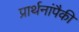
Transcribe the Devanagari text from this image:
प्रार्थनांपैकी